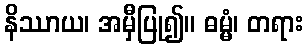
နိဿာယ၊ အမှီပြု၍။ ဓမ္မံ၊ တရား